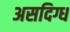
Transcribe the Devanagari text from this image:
असदिग्ध